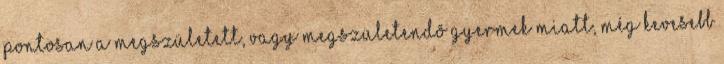
pontosan a megszületett, vagy megszületendõ gyermek miatt, még kevesebb